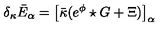
\delta _ { \kappa } \bar { E } _ { \alpha } = \big [ \bar { \kappa } ( e ^ { \phi } \star G + \Xi ) \big ] _ { \alpha }